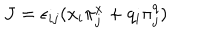
LaTeX: J = \epsilon _ { i j } ( x _ { i } \pi _ { j } ^ { x } + q _ { i } \pi _ { j } ^ { q } )